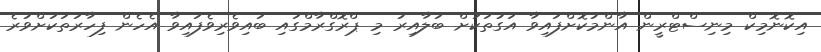
އިކޮނޮމިކް މިނިސްޓްރީން އާންމުކޮށްފައިވާ އަގުތަކަށް ބަލާއިރު މި ޕްރޮގްރާމްގައި ބައިވެރިވެފައިވާ އެހެން ފިހާރަތަކަށްވުރެ